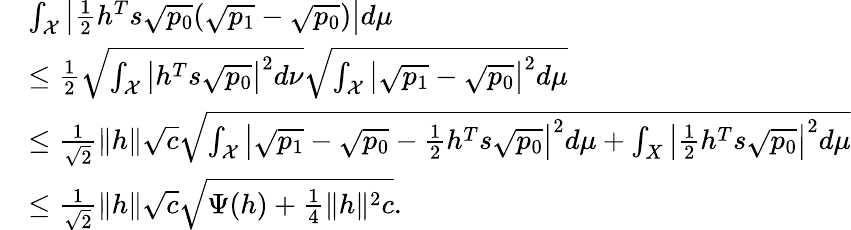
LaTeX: \begin{array}{rl}&{\int_{\mathcal X}\left|\frac 12h^{T}s\sqrt{p_{0}}(\sqrt{p_{1}}-\sqrt{p_{0}})\right|d\mu}\\ &{\le\frac 12\sqrt{\int_{\mathcal X}\left|h^{T}s\sqrt{p_{0}}\right|^{2}d\nu}\sqrt{\int_{\mathcal X}\left|\sqrt{p_{1}}-\sqrt{p_{0}}\right|^{2}d\mu}}\\ &{\le\frac{1}{\sqrt{2}}\| h\| \sqrt{c}\sqrt{\int_{\mathcal X}\left|\sqrt{p_{1}}-\sqrt{p_{0}}-\frac 12h^{T}s\sqrt{p_{0}}\right|^{2}d\mu+\int_{X}\left|\frac 12h^{T}s\sqrt{p_{0}}\right|^{2}d\mu}}\\ &{\le\frac{1}{\sqrt{2}}\| h\| \sqrt{c}\sqrt{\Psi(h)+\frac 14\| h\| ^{2}c}.}\end{array}